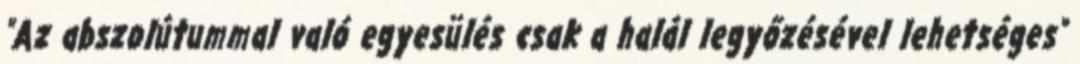
"Az abszolútummal való egyesülés csak a halál legyőzésével lehetséges"